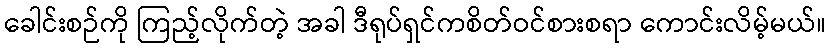
ခေါင်းစဉ်ကို ကြည့်လိုက်တဲ့ အခါ ဒီရုပ်ရှင်ကစိတ်ဝင်စားစရာ ကောင်းလိမ့်မယ်။